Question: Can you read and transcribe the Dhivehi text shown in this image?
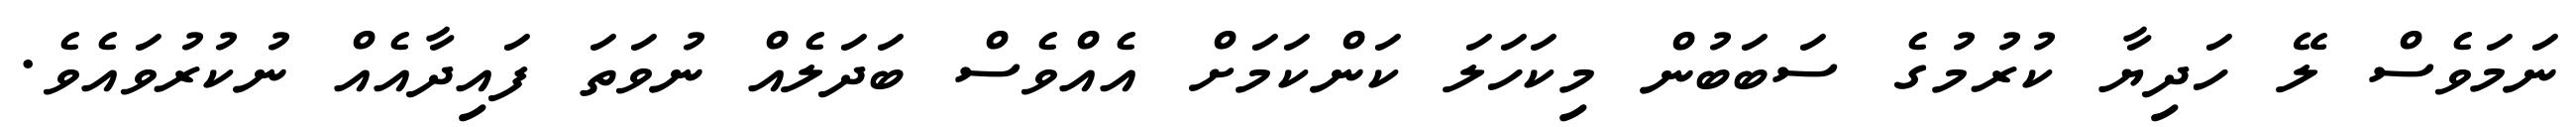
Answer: ނަމަވެސް ލޭ ހަދިޔާ ކުރުމުގެ ސަބަބުން މިކަހަލަ ކަންކަމަށް އެއްވެސް ބަދަލެއް ނުވަތަ ފައިދާއެއް ނުކުރުވައެވެ.